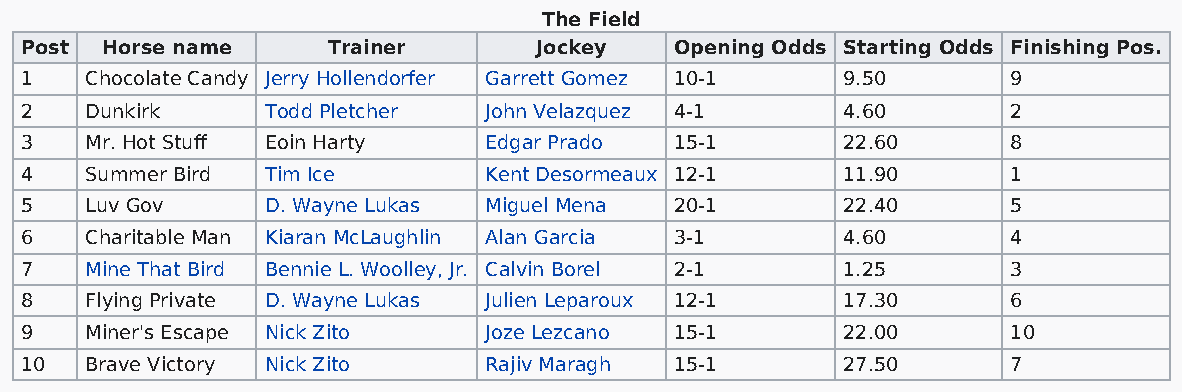
The Field
 Post  Horse name     Trainer      Jockey    Opening Odds Starting Odds Finishing Pos.
 1    Chocolate Candy Jerry Hollendorfer Garrett Gomez 10-1 9.50   9
 2    Dunkirk     Todd Pletcher John Velazquez 4-1      4.60       2
 3    Mr. Hot Stuff Eoin Harty  Edgar Prado  15-1       22.60      8
 4    Summer Bird Tim Ice       Kent Desormeaux 12-1    11.90      1
 5    Luv Gov     D. Wayne Lukas Miguel Mena 20-1       22.40      5
 6    Charitable Man Kiaran McLaughlin Alan Garcia 3-1  4.60       4
 7    Mine That Bird Bennie L. Woolley, Jr. Calvin Borel 2-1 1.25  3
 8    Flying Private D. Wayne Lukas Julien Leparoux 12-1 17.30     6
 9    Miner's Escape Nick Zito  Joze Lezcano 15-1       22.00      10
 10   Brave Victory Nick Zito   Rajiv Maragh 15-1       27.50      7